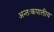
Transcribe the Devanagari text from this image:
अन्तःकपालीय